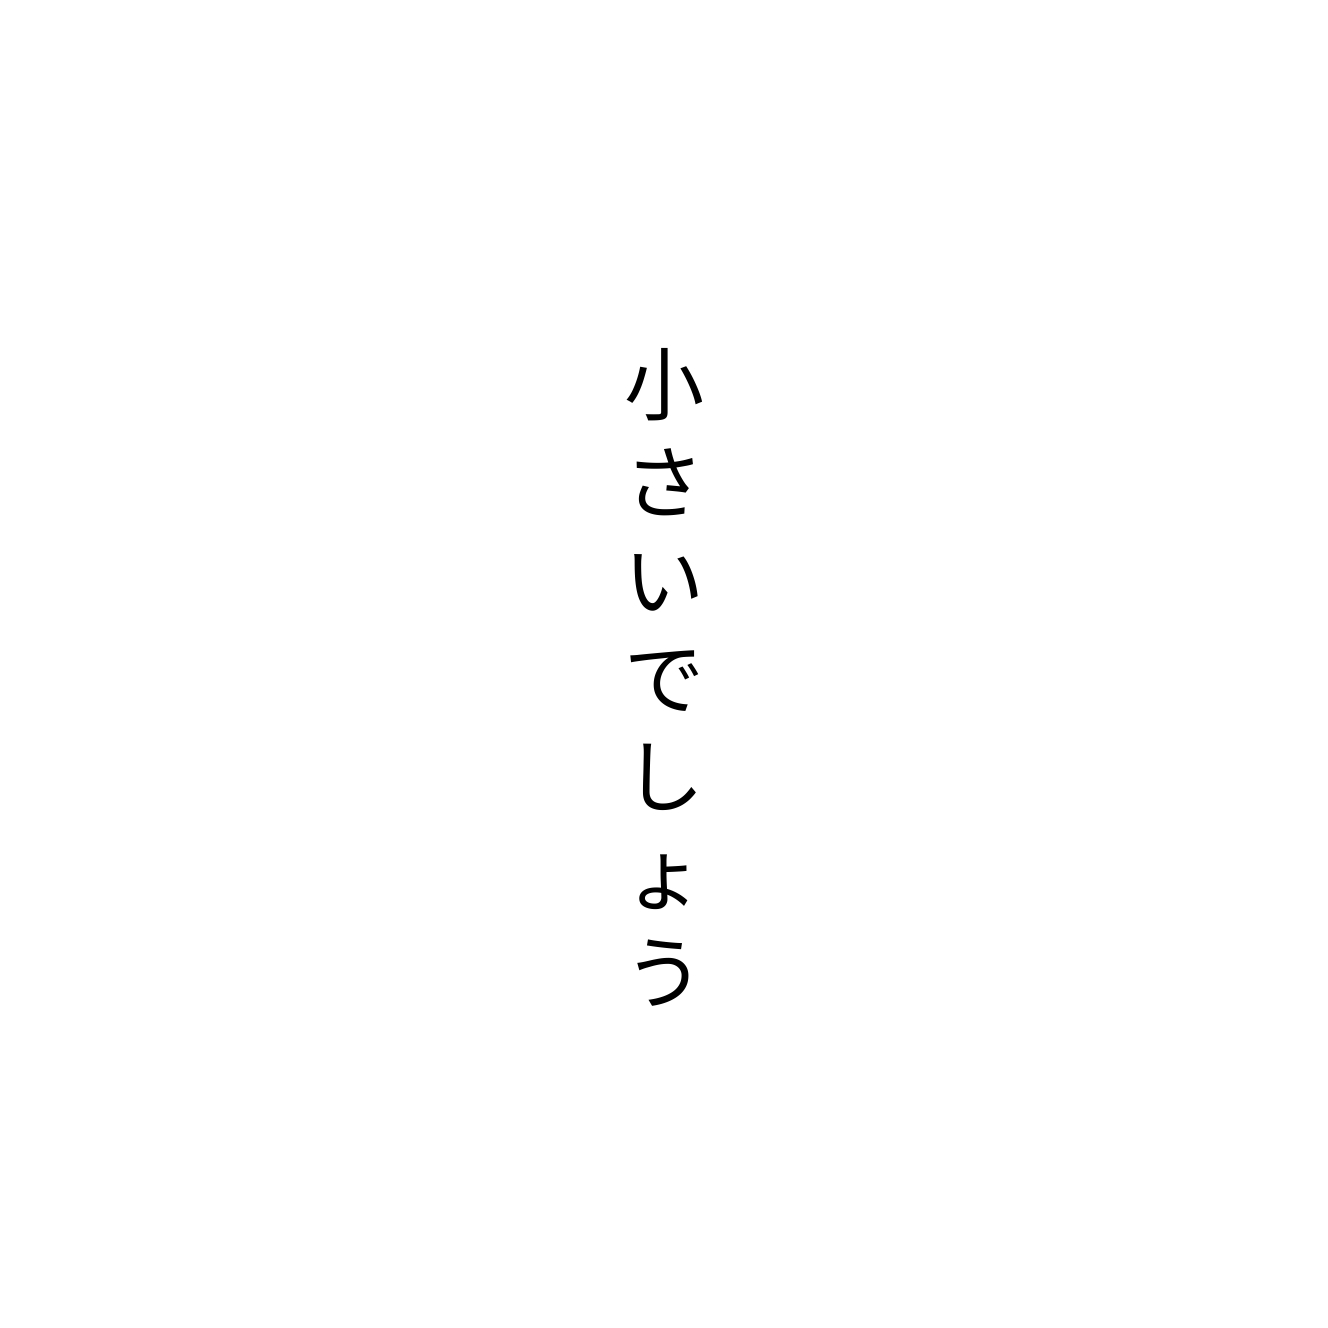
小さいでしょう